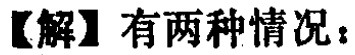
【解】有两种情况：